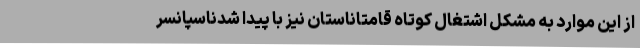
از این موارد به مشکل اشتغال کوتاه قامتاناستان نیز با پیدا شدناسپانسر